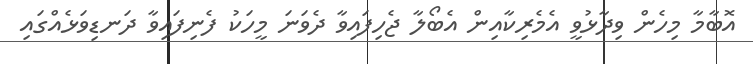
އޮބާމާ މިހެން ވިދާޅުވީ އެމެރިކާއިން އެބޯލާ ޖެހިފައިވާ ދެވަނަ މީހަކު ފެނިފައިވާ ދަނޑިވަޅެއްގައި